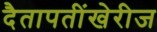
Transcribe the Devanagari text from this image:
दैतापतींखेरीज